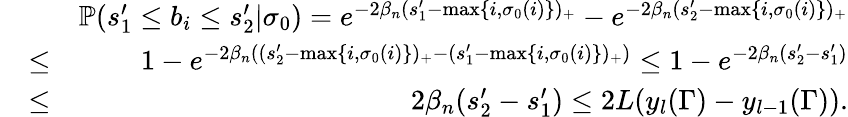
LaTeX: \begin{array}{rlr}&{}&{\mathbb{P}(s_{1}^{\prime}\leq b_{i}\leq s_{2}^{\prime}|\sigma_{0})=e^{-2\beta_{n}(s_{1}^{\prime}-\operatorname*{max}\{ i,\sigma_{0}(i)\} )_{+}}-e^{-2\beta_{n}(s_{2}^{\prime}-\operatorname*{max}\{ i,\sigma_{0}(i)\} )_{+}}}\\ &{\leq}&{1-e^{-2\beta_{n}((s_{2}^{\prime}-\operatorname*{max}\{ i,\sigma_{0}(i)\} )_{+}-(s_{1}^{\prime}-\operatorname*{max}\{ i,\sigma_{0}(i)\} )_{+})}\leq 1-e^{-2\beta_{n}(s_{2}^{\prime}-s_{1}^{\prime})}}\\ &{\leq}&{2\beta_{n}(s_{2}^{\prime}-s_{1}^{\prime})\leq 2L(y_{l}(\Gamma)-y_{l-1}(\Gamma)).}\end{array}